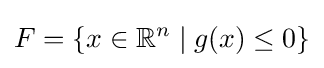
F=\{x\in \mathbb {R} ^{n}\;|\;g(x)\leq 0\}